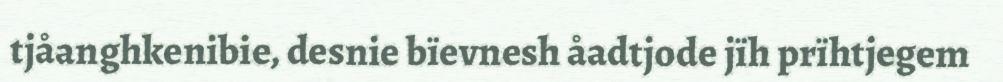
tjåanghkenibie, desnie bïevnesh åadtjode jïh prïhtjegem